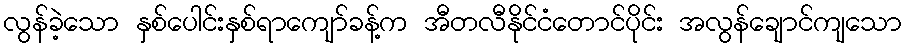
လွန်ခဲ့သော နှစ်ပေါင်းနှစ်ရာကျော်ခန့်က အီတလီနိုင်ငံတောင်ပိုင်း အလွန်ချောင်ကျသော